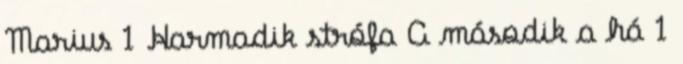
Marius 1 Harmadik strófa A második a há 1